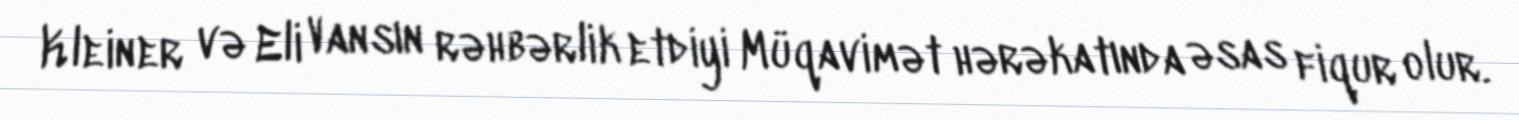
Kleiner və Eli Vansın rəhbərlik etdiyi Müqavimət hərəkatında əsas fiqur olur.